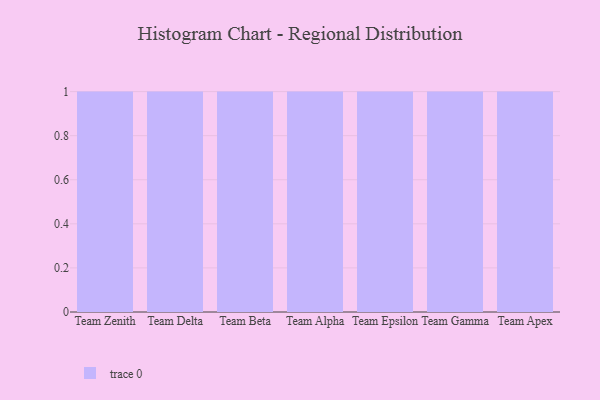
{"axis": {"x": "Team", "y": "Waste Production (Tons)"}, "legend": [""], "data": [{"x": "Team Zenith", "y": 40, "type": ""}, {"x": "Team Delta", "y": 31, "type": ""}, {"x": "Team Beta", "y": 85, "type": ""}, {"x": "Team Alpha", "y": 35, "type": ""}, {"x": "Team Epsilon", "y": 93, "type": ""}, {"x": "Team Gamma", "y": 77, "type": ""}, {"x": "Team Apex", "y": 36, "type": ""}]}